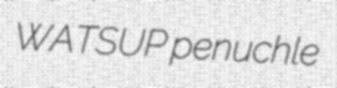
WATSUP penuchle